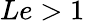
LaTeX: Le>1